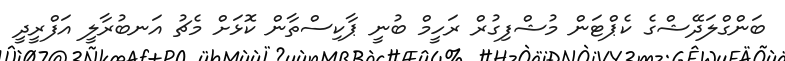
ބަންގްލަދޭޝްގެ ކެޕްޓަން މުޝްފިގުރް ރަހީމް ބުނީ ޕާކިސްތާން ކޮޅަށް މެޗު އަނބުރާލީ އަފްރީދީ